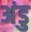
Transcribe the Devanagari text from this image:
अंडु